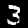
Digit: 3